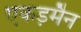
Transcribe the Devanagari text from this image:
एकड़मैन